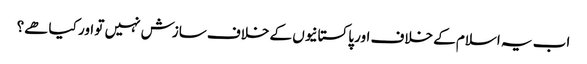
اب یہ اسلام کے خلاف اور پاکستانیوں کے خلاف سازش نہیں تو اور کیا ھے؟